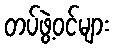
တပ်ဖွဲ့ဝင်များ